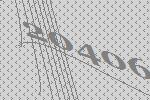
20406